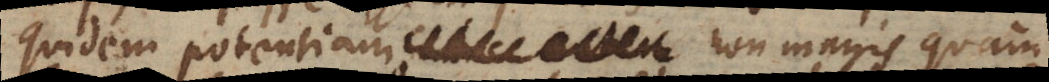
quidem potentiam, non magis quam